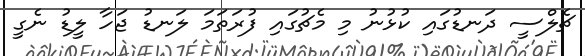
ޗެލްސީ ދަނޑުގައި ކުޅުނު މި މެޗުގައި ފުރަތަމަ ލަނޑު ޖަހާ ލީޑު ނެގީ